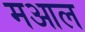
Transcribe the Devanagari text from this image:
मआल